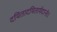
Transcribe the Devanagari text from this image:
दयितादयितार्यदान्तेः।